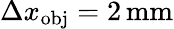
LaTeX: \Delta x_{\mathrm{obj}}=2\, \mathrm{mm}